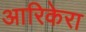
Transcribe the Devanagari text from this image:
आरिकेरा